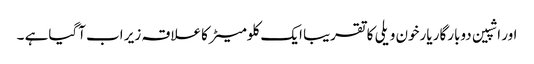
اور اشپین دوبارگار یارخون ویلی کا تقریبا ایک کلومیٹر کاعلاقہ زیر اب آگیاہے ۔